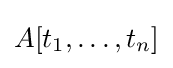
A[t_{1},\dots ,t_{n}]